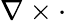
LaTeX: \nabla\times\cdot